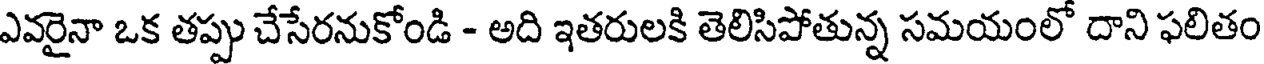
ఎవరైనా ఒక తప్పు చేసేరనుకోండి - అది ఇతరులకి తెలిసిపోతున్న సమయంలో దాని ఫలితం